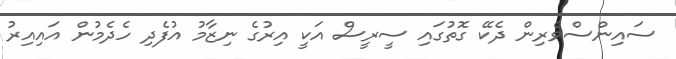
ސައިންސްވެރިން ދެކޭ ގޮތުގައި ސީރީސް އަކީ އިރުގެ ނިޒާމު އުފެދި ހެދެމުން އައިއިރު